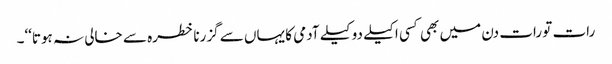
رات تو رات دن میں بھی کسی اکیلے دو کیلے آدمی کا یہاں سے گزرنا خطرہ سے خالی نہ ہوتا‘‘۔